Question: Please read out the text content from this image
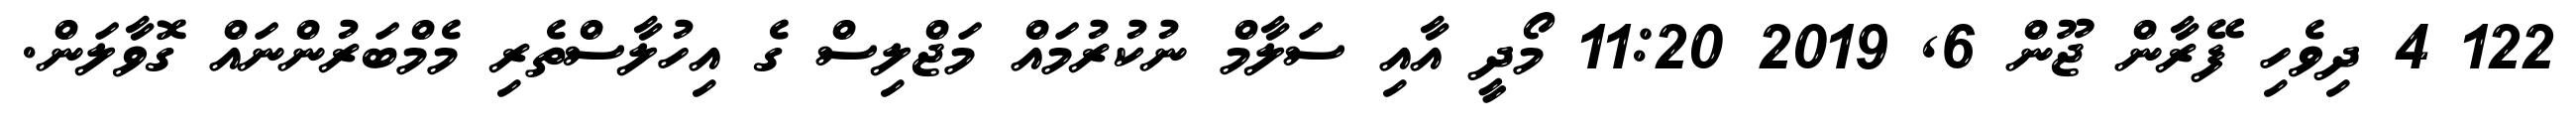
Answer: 122 4 ދިވެހި ފޭރާން ޖޫން 6, 2019 11:20 މޯދީ އާއި ސަލާމް ނުކުރުމައް މަޖްލިސް ގެ އިހުލާސްތެރި މެމްބަރުންނައް ގޮވާލަން.